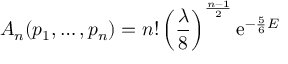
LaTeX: A _ { n } ( p _ { 1 } , \ldots , p _ { n } ) = n ! \left( { \frac { \lambda } { 8 } } \right) ^ { \frac { n - 1 } { 2 } } \mathrm { e } ^ { - { \frac { 5 } { 6 } } E }